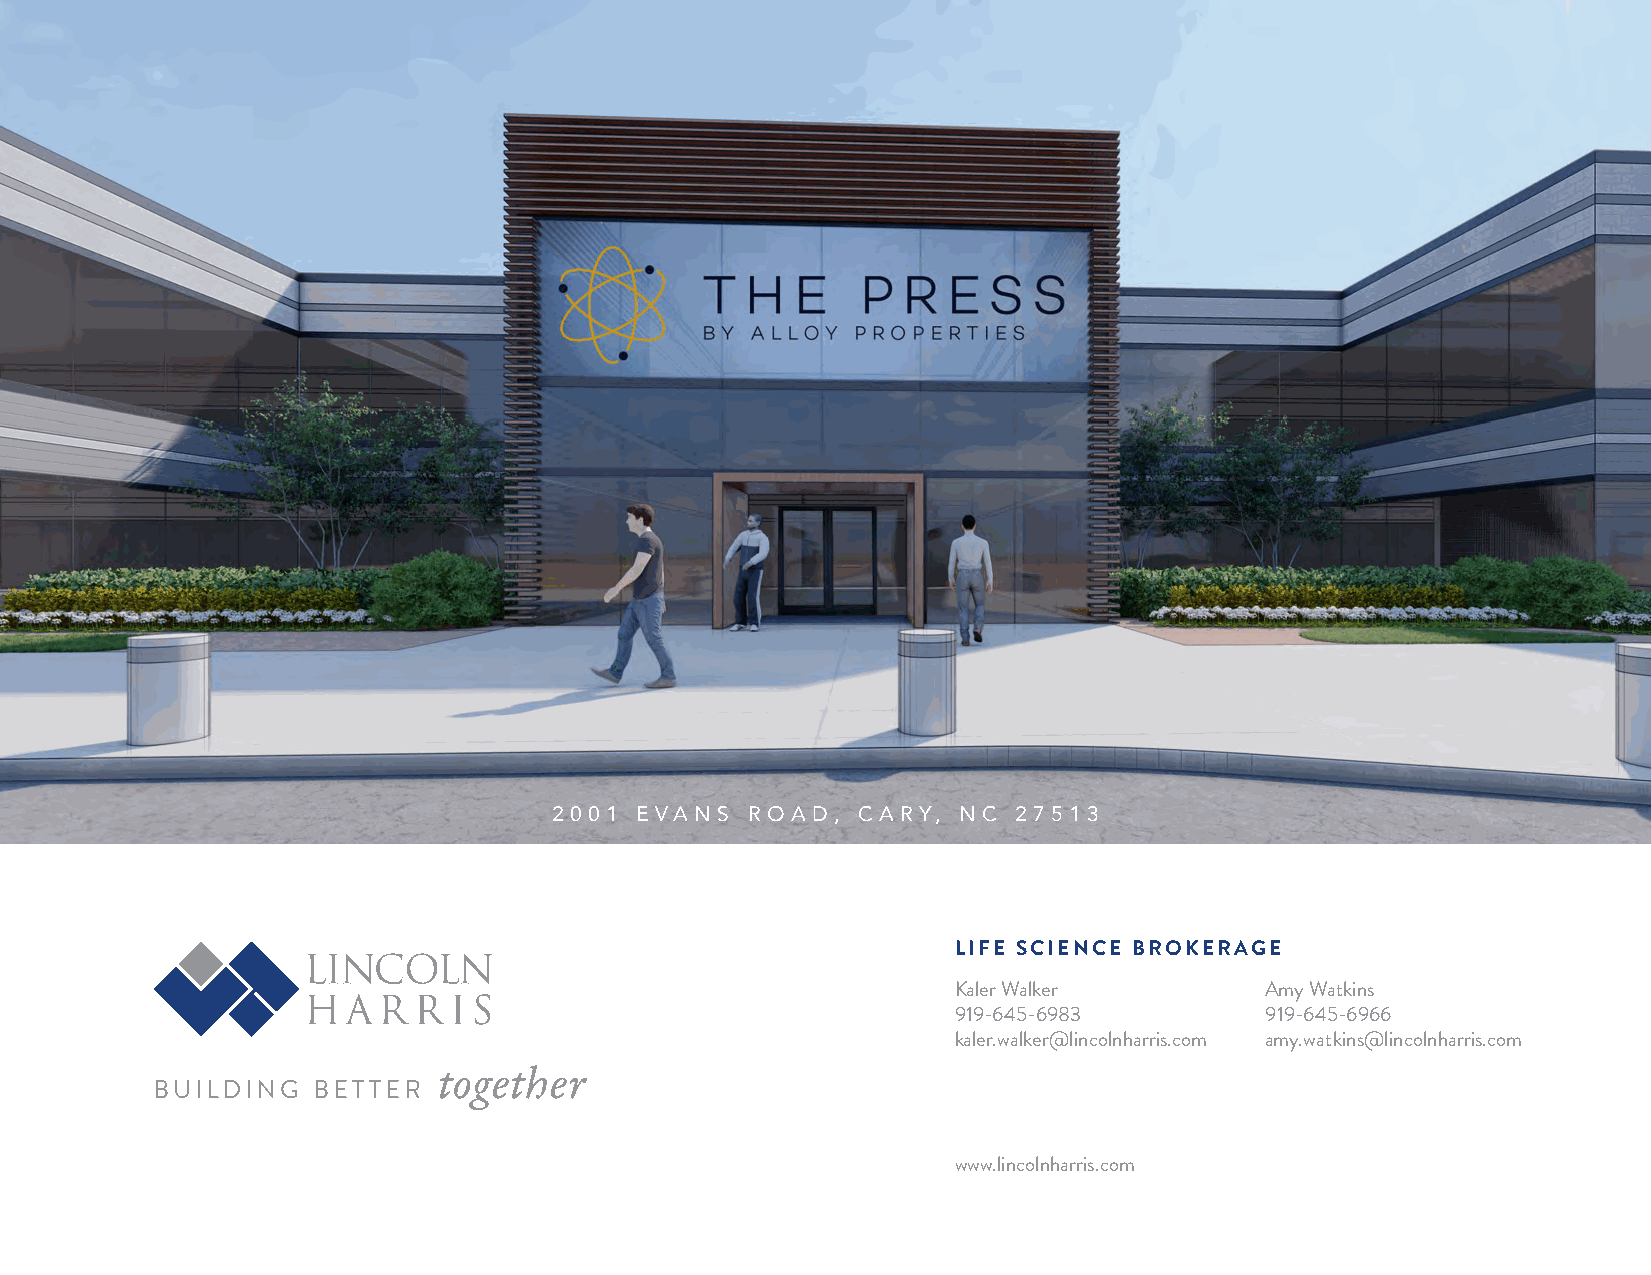
2 0 0 1 E VA N S R O A D , C A RY, N C 2 7 5 1 3
 LIFE SCIENCE BROKERAGE
 Kaler Walker         Amy Watkins
 919-645-6983         919-645-6966
 kaler.walker@lincolnharris.com amy.watkins@lincolnharris.com
 together
 BUILDING   BETTER
 www.lincolnharris.com